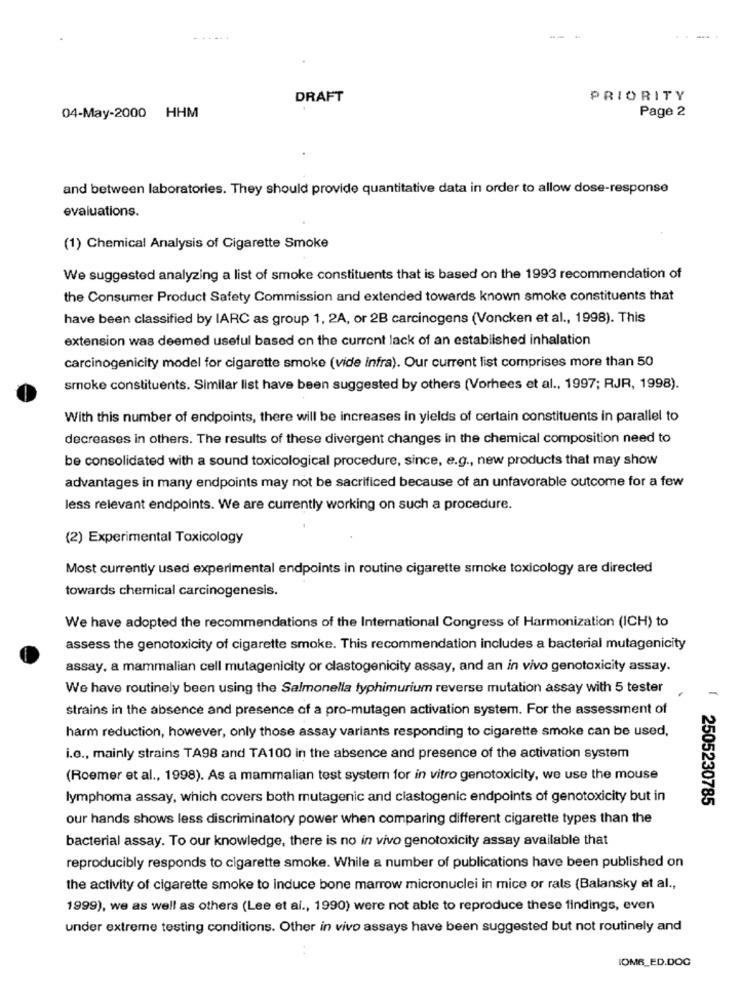
DRAFT
PRIORITY
04-May-2000 HHM
Page 2
and between laboratories. They should provide quantitative data in order to allow dose-response
evaluations.
(1) Chemical Analysis of Cigarette Smoke
We suggested analyzing a list of smoke constituents that is based on the 1993 recommendation of
the Consumer Product Safety Commission and extended towards known smoke constituents that
have been classified by IARC as group 1, 2A, or 2B carcinogens (Voncken et al ., 1998). This
extension was deemed useful based on the current lack of an established inhalation
carcinogenicity model for cigarette smoke (vide infra). Our current list comprises more than 50
smoke constituents. Similar list have been suggested by others (Vorhees et al ., 1997; RJR, 1998).
With this number of endpoints, there will be increases in yields of certain constituents in parallel to
decreases in others. The results of these divergent changes in the chemical composition need to
be consolidated with a sound toxicological procedure, since, e.g ., new products that may show
advantages in many endpoints may not be sacrificed because of an unfavorable outcome for a few
less relevant endpoints. We are currently working on such a procedure.
(2) Experimental Toxicology
Most currently used experimental endpoints in routine cigarette smoke toxicology are directed
towards chemical carcinogenesis.
We have adopted the recommendations of the International Congress of Harmonization (ICH) to
assess the genotoxicity of cigarette smoke. This recommendation includes a bacterial mutagenicity
assay, a mammalian cell mutagenicity or clastogenicity assay, and an in vivo genotoxicity assay.
We have routinely been using the Salmonella typhimurium reverse mutation assay with 5 tester
strains in the absence and presence of a pro-mutagen activation system. For the assessment of
harm reduction, however, only those assay variants responding to cigarette smoke can be used,
i.e ., mainly strains TA98 and TA100 in the absence and presence of the activation system
(Roemer et al ., 1998). As a mammalian test system for in vitro genotoxicity, we use the mouse
lymphoma assay, which covers both mutagenic and ciastogenic endpoints of genotoxicity but in
2505230785
our hands shows less discriminatory power when comparing different cigarette types than the
bacterial assay. To our knowledge, there is no in vivo genotoxicity assay available that
reproducibly responds to cigarette smoke. While a number of publications have been published on
the activity of cigarette smoke to induce bone marrow micronuclei in mice or rats (Balansky et al .,
1999), we as well as others (Lee et al ., 1990) were not able to reproduce these findings, even
under extreme testing conditions. Other in vivo assays have been suggested but not routinely and
IOMR_ED.DOC